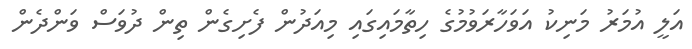
އަލީ އުމަރު މަނިކު އަވަހާރަވުމުގެ ހިތާމައިގައި މިއަދުން ފެށިގެން ތިން ދުވަސް ވަންދެން